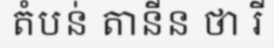
តំបន់ តានីន ថា រី